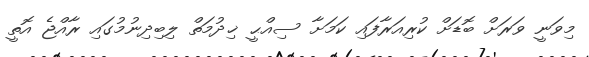
މިވަނީ ވަރަށް ބޮޑަށް ކުރިއަރާފައި ކަމަށާ ސިއްޙީ ޚިދުމަތް ލިބިދިނުމުގައި ރާއްޖެ އޮތީ